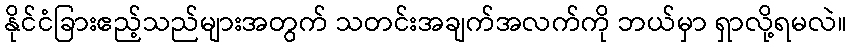
နိုင်ငံခြားဧည့်သည်များအတွက် သတင်းအချက်အလက်ကို ဘယ်မှာ ရှာလို့ရမလဲ။